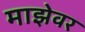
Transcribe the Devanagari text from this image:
माझेवर